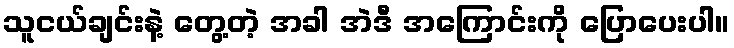
သူငယ်ချင်းနဲ့ တွေ့တဲ့ အခါ အဲဒီ အကြောင်းကို ပြောပေးပါ။